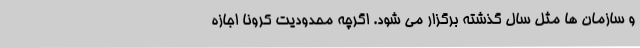
و سازمان ها مثل سال گذشته برگزار می شود. اگرچه محدودیت کرونا اجازه